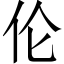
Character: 伦